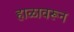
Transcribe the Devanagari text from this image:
हाळावरून